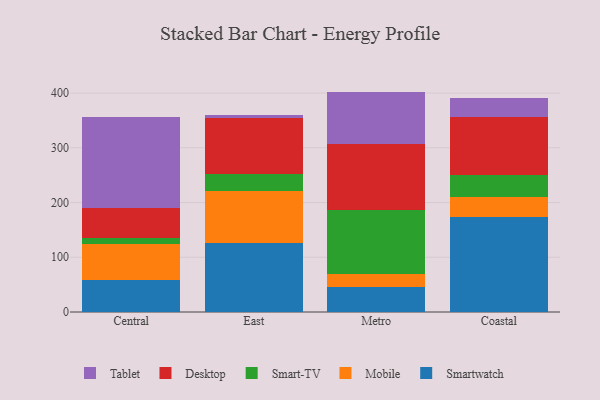
{"axis": {"x": "Region", "y": "Headcount"}, "legend": ["Desktop", "Mobile", "Smart-TV", "Smartwatch", "Tablet"], "data": [{"x": "Central", "y": 59.2, "type": "Smartwatch"}, {"x": "Central", "y": 65.9, "type": "Mobile"}, {"x": "Central", "y": 11.0, "type": "Smart-TV"}, {"x": "Central", "y": 54.5, "type": "Desktop"}, {"x": "Central", "y": 165.5, "type": "Tablet"}, {"x": "East", "y": 126.1, "type": "Smartwatch"}, {"x": "East", "y": 94.3, "type": "Mobile"}, {"x": "East", "y": 31.5, "type": "Smart-TV"}, {"x": "East", "y": 102.8, "type": "Desktop"}, {"x": "East", "y": 5.8, "type": "Tablet"}, {"x": "Metro", "y": 46.4, "type": "Smartwatch"}, {"x": "Metro", "y": 22.7, "type": "Mobile"}, {"x": "Metro", "y": 116.8, "type": "Smart-TV"}, {"x": "Metro", "y": 121.9, "type": "Desktop"}, {"x": "Metro", "y": 94.9, "type": "Tablet"}, {"x": "Coastal", "y": 172.9, "type": "Smartwatch"}, {"x": "Coastal", "y": 38.0, "type": "Mobile"}, {"x": "Coastal", "y": 39.9, "type": "Smart-TV"}, {"x": "Coastal", "y": 105.1, "type": "Desktop"}, {"x": "Coastal", "y": 34.6, "type": "Tablet"}]}